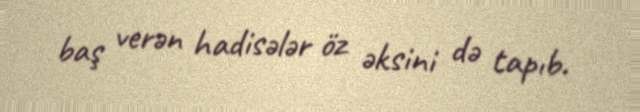
baş verən hadisələr öz əksini də tapıb.